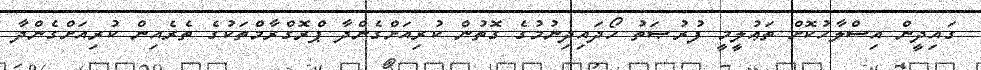
ގައިދީން އިސްލާހުކޮށް ތަޢުލީމީ ފުރުޞަތު ހޯދައިދިނުމުގެ ގޮތުން ކުރިއަށްގެންދާ ޕްރޮގްރާމްތަކުގެ ތެރެއިން ކުރިއަށްގެންދާ